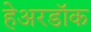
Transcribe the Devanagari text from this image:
हेअरडॉक